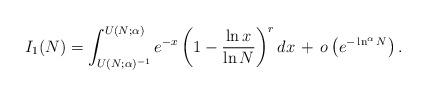
LaTeX: \begin{align*}I_1(N) = \int_{U(N; \alpha)^{-1}}^{U(N; \alpha)} e^{-x} \left(1 - \frac{\ln x}{\ln N}\right)^r dx \,+ \, o\left(e^{-\ln^{\alpha} N}\right).\end{align*}